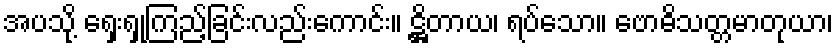
အပသို့ ရှေးရှုကြည့်ခြင်းလည်းကောင်း။ ဋ္ဌိတာယ၊ ရပ်သော။ ဗောဓိသတ္တမာတုယာ၊